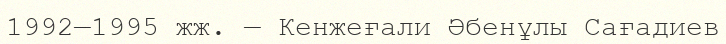
1992—1995 жж. — Кенжеғали Әбенұлы Сағадиев